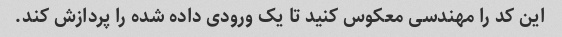
این کد را مهندسی معکوس کنید تا یک ورودی داده شده را پردازش کند.